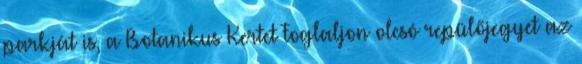
parkját is, a Botanikus Kertet Foglaljon olcsó repülőjegyet az